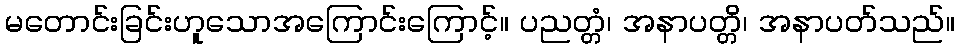
မတောင်းခြင်းဟူသောအကြောင်းကြောင့်။ ပညတ္တံ၊ အနာပတ္တိ၊ အနာပတ်သည်။